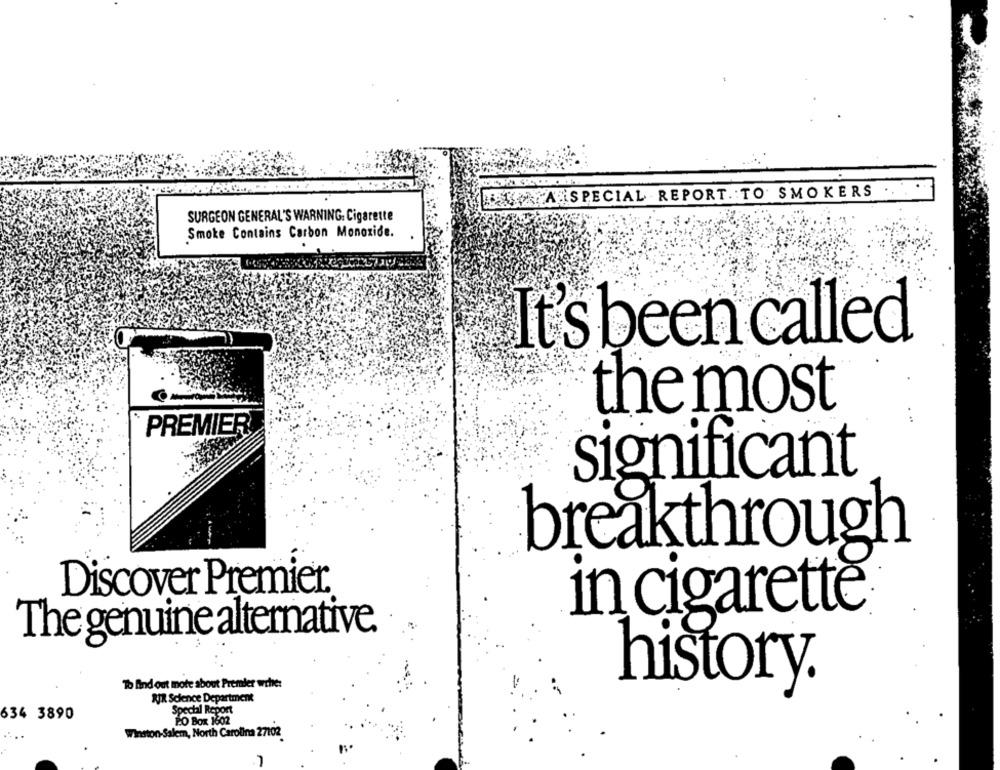
A SPECIAL REPORT. TO SMOKERS
SURGEON GENERAL'S WARNING. Cigarette
Smoke Contains Carbon Monoxide.
It's been called
the most
PREMIER
significant
breakthrough
Discover Premier
in cigarette
The genuine alternative
To find out more about Premier wche:
history.
RIR Science Department
634 3890
Special Report
PO Box 1602
.. ..
Winston-Salem, North Carolina 27102
.7